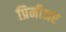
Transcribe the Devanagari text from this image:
प्रिमीअर